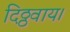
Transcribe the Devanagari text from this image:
दिठ्ठवाय।